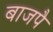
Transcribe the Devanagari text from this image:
बाजपै